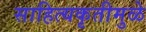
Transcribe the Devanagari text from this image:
साहित्यकृतीमुळे